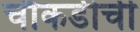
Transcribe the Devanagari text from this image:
चौकडीची